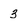
Character: 3